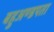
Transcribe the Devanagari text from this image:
बहुअण्डपता